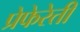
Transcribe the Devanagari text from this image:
प्रेफेरेती